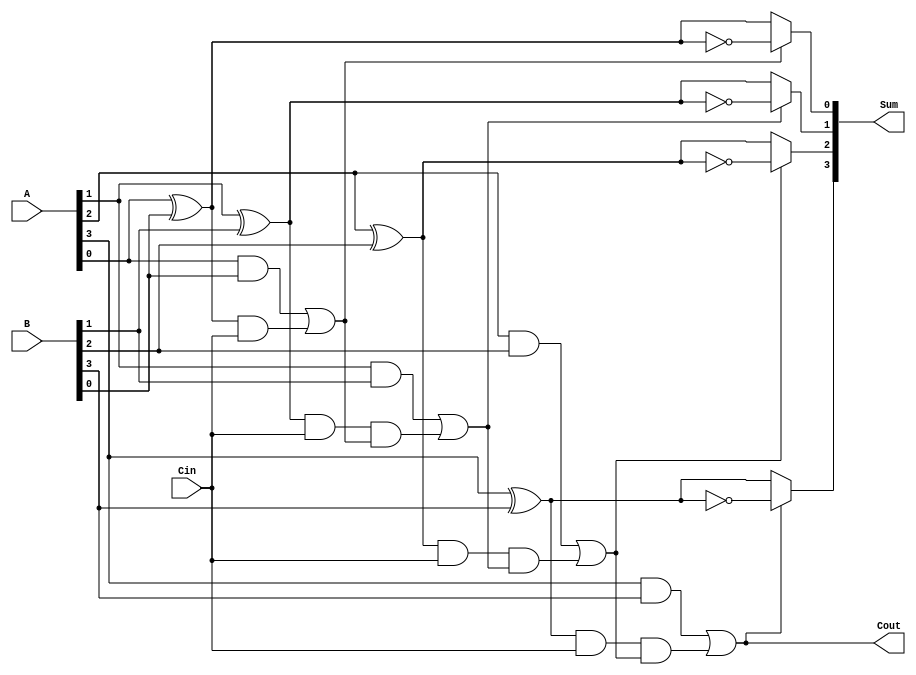
module ConditionalSumAdder #(parameter n = 4) (
    input  wire [n-1:0] A,      // First n-bit input
    input  wire [n-1:0] B,      // Second n-bit input
    input  wire Cin,             // Carry-in
    output wire [n-1:0] Sum,     // n-bit sum output
    output wire Cout             // Carry-out
);

    wire [n-1:0] S0;            // Partial sum assuming carry-in = 0
    wire [n-1:0] S1;            // Partial sum assuming carry-in = 1
    wire [n-1:0] C0;            // Carry generated when both bits are 1
    wire [n-1:0] C1;            // Carry generated from the sum when Cin is 1
    wire [n-1:0] carry;         // Intermediate carry signals

    // Calculate S0 and S1
    genvar i;
    generate
        for (i = 0; i < n; i = i + 1) begin : sum_generation
            assign S0[i] = A[i] ^ B[i] ^ 1'b0;  // S0[i] = A[i]  B[i]  0
            assign S1[i] = A[i] ^ B[i] ^ 1'b1;  // S1[i] = A[i]  B[i]  1
            assign C0[i] = A[i] & B[i];          // C0[i] = A[i] & B[i]
            assign C1[i] = (A[i] ^ B[i]) & Cin;  // C1[i] = (A[i]  B[i]) & Cin
        end
    endgenerate

    // Calculate carry propagation
    assign carry[0] = C0[0] | C1[0]; // First carry-out
    generate
        for (i = 1; i < n; i = i + 1) begin : carry_propagation
            assign carry[i] = C0[i] | (C1[i] & carry[i-1]); // Propagate carry
        end
    endgenerate

    // Final sum selection based on carry signals
    generate
        for (i = 0; i < n; i = i + 1) begin : sum_selection
            assign Sum[i] = (carry[i] ? S1[i] : S0[i]); // Select S1 if carry is true, else S0
        end
    endgenerate

    // Final carry-out
    assign Cout = carry[n-1]; // Final carry-out is the last carry signal

endmodule